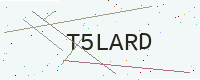
Text: T5LARD